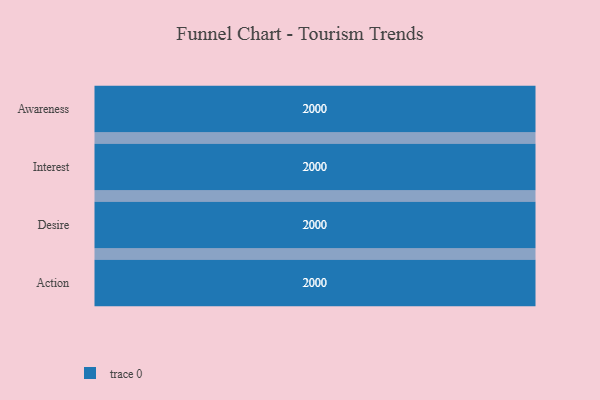
{"axis": {"x": "Stage", "y": "Value"}, "legend": [""], "data": [{"x": "Awareness", "y": 2000, "type": ""}, {"x": "Interest", "y": 2000, "type": ""}, {"x": "Desire", "y": 2000, "type": ""}, {"x": "Action", "y": 2000, "type": ""}]}